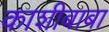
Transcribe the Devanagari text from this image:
काशीबाबा